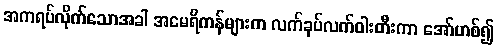
အကရပ်လိုက်သောအခါ အမေရိကန်များက လက်ခုပ်လက်ဝါးတီးကာ အော်ဟစ်၍